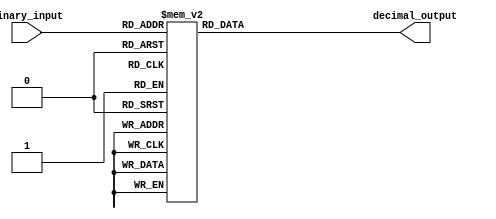
module decimal_decoder(
    input [3:0] binary_input,
    output reg [3:0] decimal_output
);

always @(*) begin
    case(binary_input)
        4'b0000: decimal_output = 4'b0001; //decimal 1
        4'b0001: decimal_output = 4'b0010; //decimal 2
        4'b0010: decimal_output = 4'b0011; //decimal 3
        4'b0011: decimal_output = 4'b0100; //decimal 4
        4'b0100: decimal_output = 4'b0101; //decimal 5
        4'b0101: decimal_output = 4'b0110; //decimal 6
        4'b0110: decimal_output = 4'b0111; //decimal 7
        4'b0111: decimal_output = 4'b1000; //decimal 8
        4'b1000: decimal_output = 4'b1001; //decimal 9
        4'b1001: decimal_output = 4'b1010; //decimal 10
        default: decimal_output = 4'b0000; //default output 0
    endcase
end

endmodule